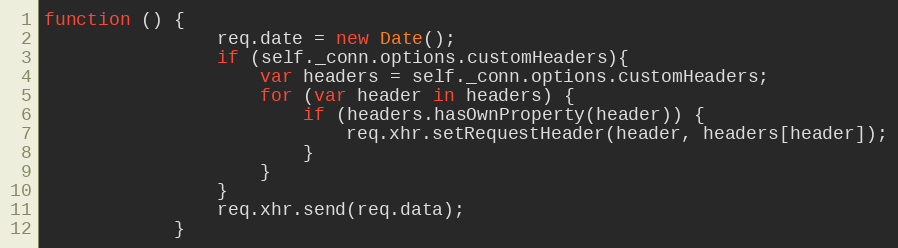
Language: JavaScript
function () {
                req.date = new Date();
                if (self._conn.options.customHeaders){
                    var headers = self._conn.options.customHeaders;
                    for (var header in headers) {
                        if (headers.hasOwnProperty(header)) {
                            req.xhr.setRequestHeader(header, headers[header]);
                        }
                    }
                }
                req.xhr.send(req.data);
            }